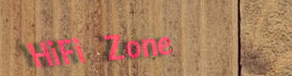
HiFi Zone